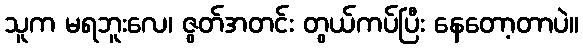
သူက မရဘူးလေ၊ ဇွတ်အတင်း တွယ်ကပ်ပြီး နေတော့တာပဲ။